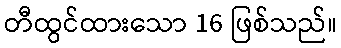
တီထွင်ထားသော 16 ဖြစ်သည်။